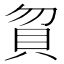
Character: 𰶶